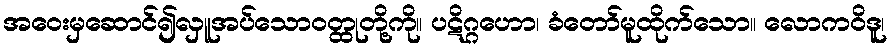
အဝေးမှဆောင်၍လှူအပ်သောဝတ္ထုတို့ကို။ ပဋိဂ္ဂဟော၊ ခံတော်မူထိုက်သော။ လောကဝိဒူ၊